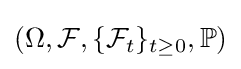
(\Omega ,{\mathcal {F}},\{{\mathcal {F}}_{t}\}_{t\geq 0},\mathbb {P} )